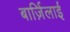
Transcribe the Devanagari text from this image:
बार्ज़िलाई